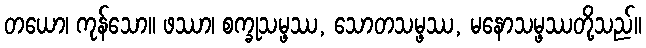
တယော၊ ကုန်သော။ ဖဿာ၊ စက္ခုသမ္ဖဿ, သောတသမ္ဖဿ, မနောသမ္ဖဿတို့သည်။